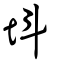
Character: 㘰